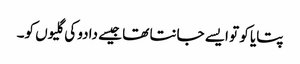
پتایا کو تو ایسے جانتا تھا جیسے دادو کی گلیوں کو۔